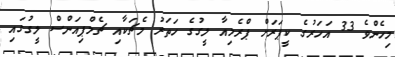
މިހެންވެ 33 އަހަރުގެ ކީޕަރަށް ޕްރެމިއާ ލީގުގެ ހަތަރު މެޗަކާއި ޗެމްޕިއަންސް ލީގުގައި